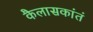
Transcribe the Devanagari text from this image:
कैलासकांतं